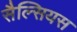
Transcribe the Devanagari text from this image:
सैल्सियस